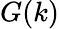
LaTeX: G(k)